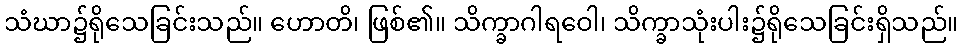
သံဃာ၌ရိုသေခြင်းသည်။ ဟောတိ၊ ဖြစ်၏။ သိက္ခာဂါရဝေါ၊ သိက္ခာသုံးပါး၌ရိုသေခြင်းရှိသည်။